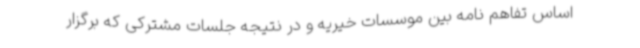
اساس تفاهم نامه بین موسسات خیریه و در نتیجه جلسات مشترکی که برگزار